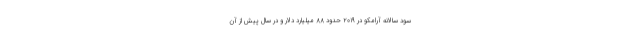
سود سالانه آرامکو در ۲۰۱۹ حدود ۸۸ میلیارد دلار و در سال پیش از آن